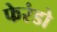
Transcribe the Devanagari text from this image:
फेरंडो